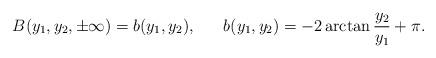
LaTeX: \begin{align*}B(y_{1},y_{2},\pm \infty)=b(y_{1},y_{2}),~~~~~b(y_{1},y_{2})=-2\arctan{\frac{y_{2}}{y_{1}}}+\pi.\end{align*}